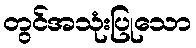
တွင်အသုံးပြုသော